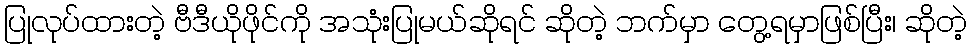
ပြုလုပ်ထားတဲ့ ဗီဒီယိုဖိုင်ကို အသုံးပြုမယ်ဆိုရင် ဆိုတဲ့ ဘက်မှာ တွေ့ရမှာဖြစ်ပြီး၊ ဆိုတဲ့